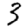
Digit: 3